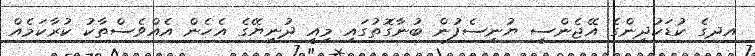
އދގެ ކުޑަކުދިންގެ އޭޖެންސީ ޔުނިސެފުން ބުނާގޮތުގައި މިއީ ދުނިޔޭގެ އެހެން އެއްވެސްތާކު ކުރާކަމެއް